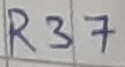
Text: R37